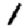
Digit: 1